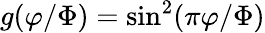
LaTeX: g(\varphi/\Phi)=\sin^{2}(\pi\varphi/\Phi)